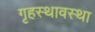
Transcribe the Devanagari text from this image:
गृहस्थावस्था